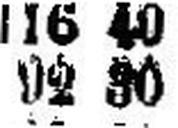
92 30